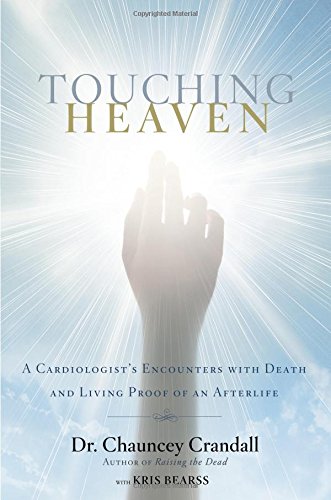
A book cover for Touching Heaven: A Cardiologist's Encounters with Death and Living Proof of an Afterlife; Chauncey Crandall; Christian Books & Bibles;